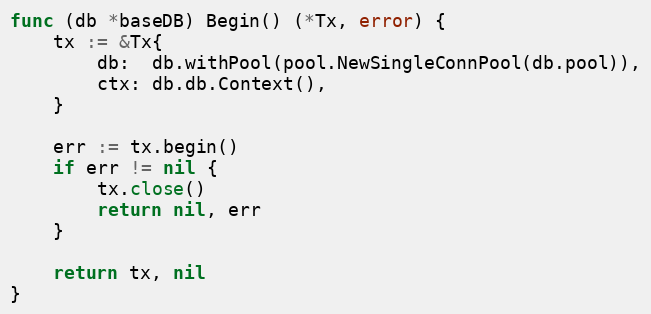
Language: Go
func (db *baseDB) Begin() (*Tx, error) {
	tx := &Tx{
		db:  db.withPool(pool.NewSingleConnPool(db.pool)),
		ctx: db.db.Context(),
	}

	err := tx.begin()
	if err != nil {
		tx.close()
		return nil, err
	}

	return tx, nil
}